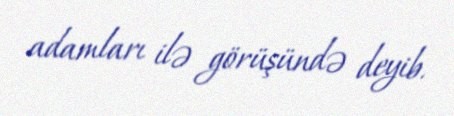
adamları ilə görüşündə deyib.